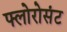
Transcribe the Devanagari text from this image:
फ्लोरोसंट